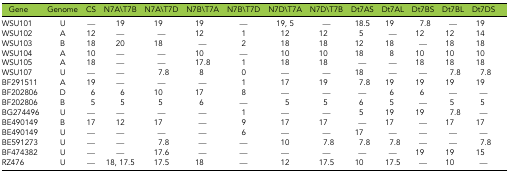
<table><thead><tr><td><b>Gene</b></td><td><b>Genome</b></td><td><b>CS</b></td><td><b>N7A\T7B</b></td><td><b>N7A\T7D</b></td><td><b>N7B\T7A</b></td><td><b>N7B\T7D</b></td><td><b>N7D\T7A</b></td><td><b>N7D\T7B</b></td><td><b>Dt7AS</b></td><td><b>Dt7AL</b></td><td><b>Dt7BS</b></td><td><b>Dt7BL</b></td><td><b>Dt7DS</b></td></tr></thead><tbody><tr><td>WSU101</td><td>U</td><td>—</td><td>19</td><td>19</td><td>19</td><td>—</td><td>19, 5</td><td>—</td><td>18.5</td><td>19</td><td>7.8</td><td>—</td><td>19</td></tr><tr><td>WSU102</td><td>A</td><td>12</td><td>—</td><td>—</td><td>12</td><td>1</td><td>12</td><td>12</td><td>5</td><td>—</td><td>12</td><td>12</td><td>14</td></tr><tr><td>WSU103</td><td>B</td><td>18</td><td>20</td><td>18</td><td>—</td><td>2</td><td>18</td><td>18</td><td>12</td><td>18</td><td>—</td><td>18</td><td>18</td></tr><tr><td>WSU104</td><td>A</td><td>10</td><td>—</td><td>—</td><td>10</td><td>—</td><td>10</td><td>10</td><td>18</td><td>8</td><td>10</td><td>10</td><td>10</td></tr><tr><td>WSU105</td><td>A</td><td>18</td><td>—</td><td>—</td><td>17.8</td><td>1</td><td>18</td><td>18</td><td>—</td><td>—</td><td>18</td><td>18</td><td>18</td></tr><tr><td>WSU107</td><td>U</td><td>—</td><td>—</td><td>7.8</td><td>8</td><td>0</td><td>—</td><td>—</td><td>18</td><td>—</td><td>—</td><td>7.8</td><td>7.8</td></tr><tr><td>BF291511</td><td>A</td><td>19</td><td>—</td><td>—</td><td>—</td><td>1</td><td>17</td><td>19</td><td>7.8</td><td>19</td><td>19</td><td>19</td><td>19</td></tr><tr><td>BF202806</td><td>D</td><td>6</td><td>6</td><td>10</td><td>17</td><td>8</td><td>—</td><td>—</td><td>—</td><td>6</td><td>6</td><td>—</td><td>—</td></tr><tr><td>BF202806</td><td>B</td><td>5</td><td>5</td><td>5</td><td>6</td><td>—</td><td>5</td><td>5</td><td>6</td><td>5</td><td>—</td><td>5</td><td>5</td></tr><tr><td>BG274496</td><td>U</td><td>—</td><td>—</td><td>—</td><td>—</td><td>1</td><td>—</td><td>—</td><td>5</td><td>19</td><td>19</td><td>7.8</td><td>—</td></tr><tr><td>BE490149</td><td>B</td><td>17</td><td>12</td><td>17</td><td>—</td><td>9</td><td>17</td><td>17</td><td>—</td><td>17</td><td>—</td><td>17</td><td>17</td></tr><tr><td>BE490149</td><td>U</td><td>—</td><td>—</td><td>—</td><td>—</td><td>6</td><td>—</td><td>—</td><td>17</td><td>—</td><td>—</td><td>—</td><td>—</td></tr><tr><td>BE591273</td><td>U</td><td>—</td><td>—</td><td>7.8</td><td>—</td><td>—</td><td>10</td><td>7.8</td><td>7.8</td><td>7.8</td><td>—</td><td>—</td><td>7.8</td></tr><tr><td>BF474382</td><td>U</td><td>—</td><td>—</td><td>17.6</td><td>—</td><td>—</td><td>—</td><td>—</td><td>—</td><td>—</td><td>19</td><td>19</td><td>15</td></tr><tr><td>RZ476</td><td>U</td><td>—</td><td>18, 17.5</td><td>17.5</td><td>18</td><td>—</td><td>12</td><td>17.5</td><td>10</td><td>17.5</td><td>—</td><td>10</td><td>—</td></tr></tbody></table>